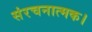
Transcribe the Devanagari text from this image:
संरचनात्मक।